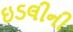
ઇડલીની